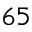
6 5